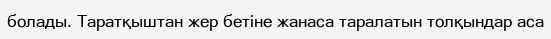
болады. Таратқыштан жер бетіне жанаса таралатын толқындар аса